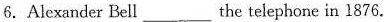
6.Alexander Bell___the telephone in 1876.